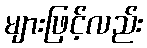
များဖြင့်လည်း